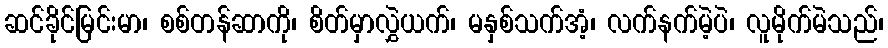
ဆင်ခိုင်မြင်းမာ၊ စစ်တန်ဆာကို၊ စိတ်မှာလွှဲယက်၊ မနှစ်သက်အံ့၊ လက်နက်မဲ့ပဲ၊ လူမိုက်မဲသည်၊